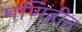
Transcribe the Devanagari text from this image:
मणिहीन